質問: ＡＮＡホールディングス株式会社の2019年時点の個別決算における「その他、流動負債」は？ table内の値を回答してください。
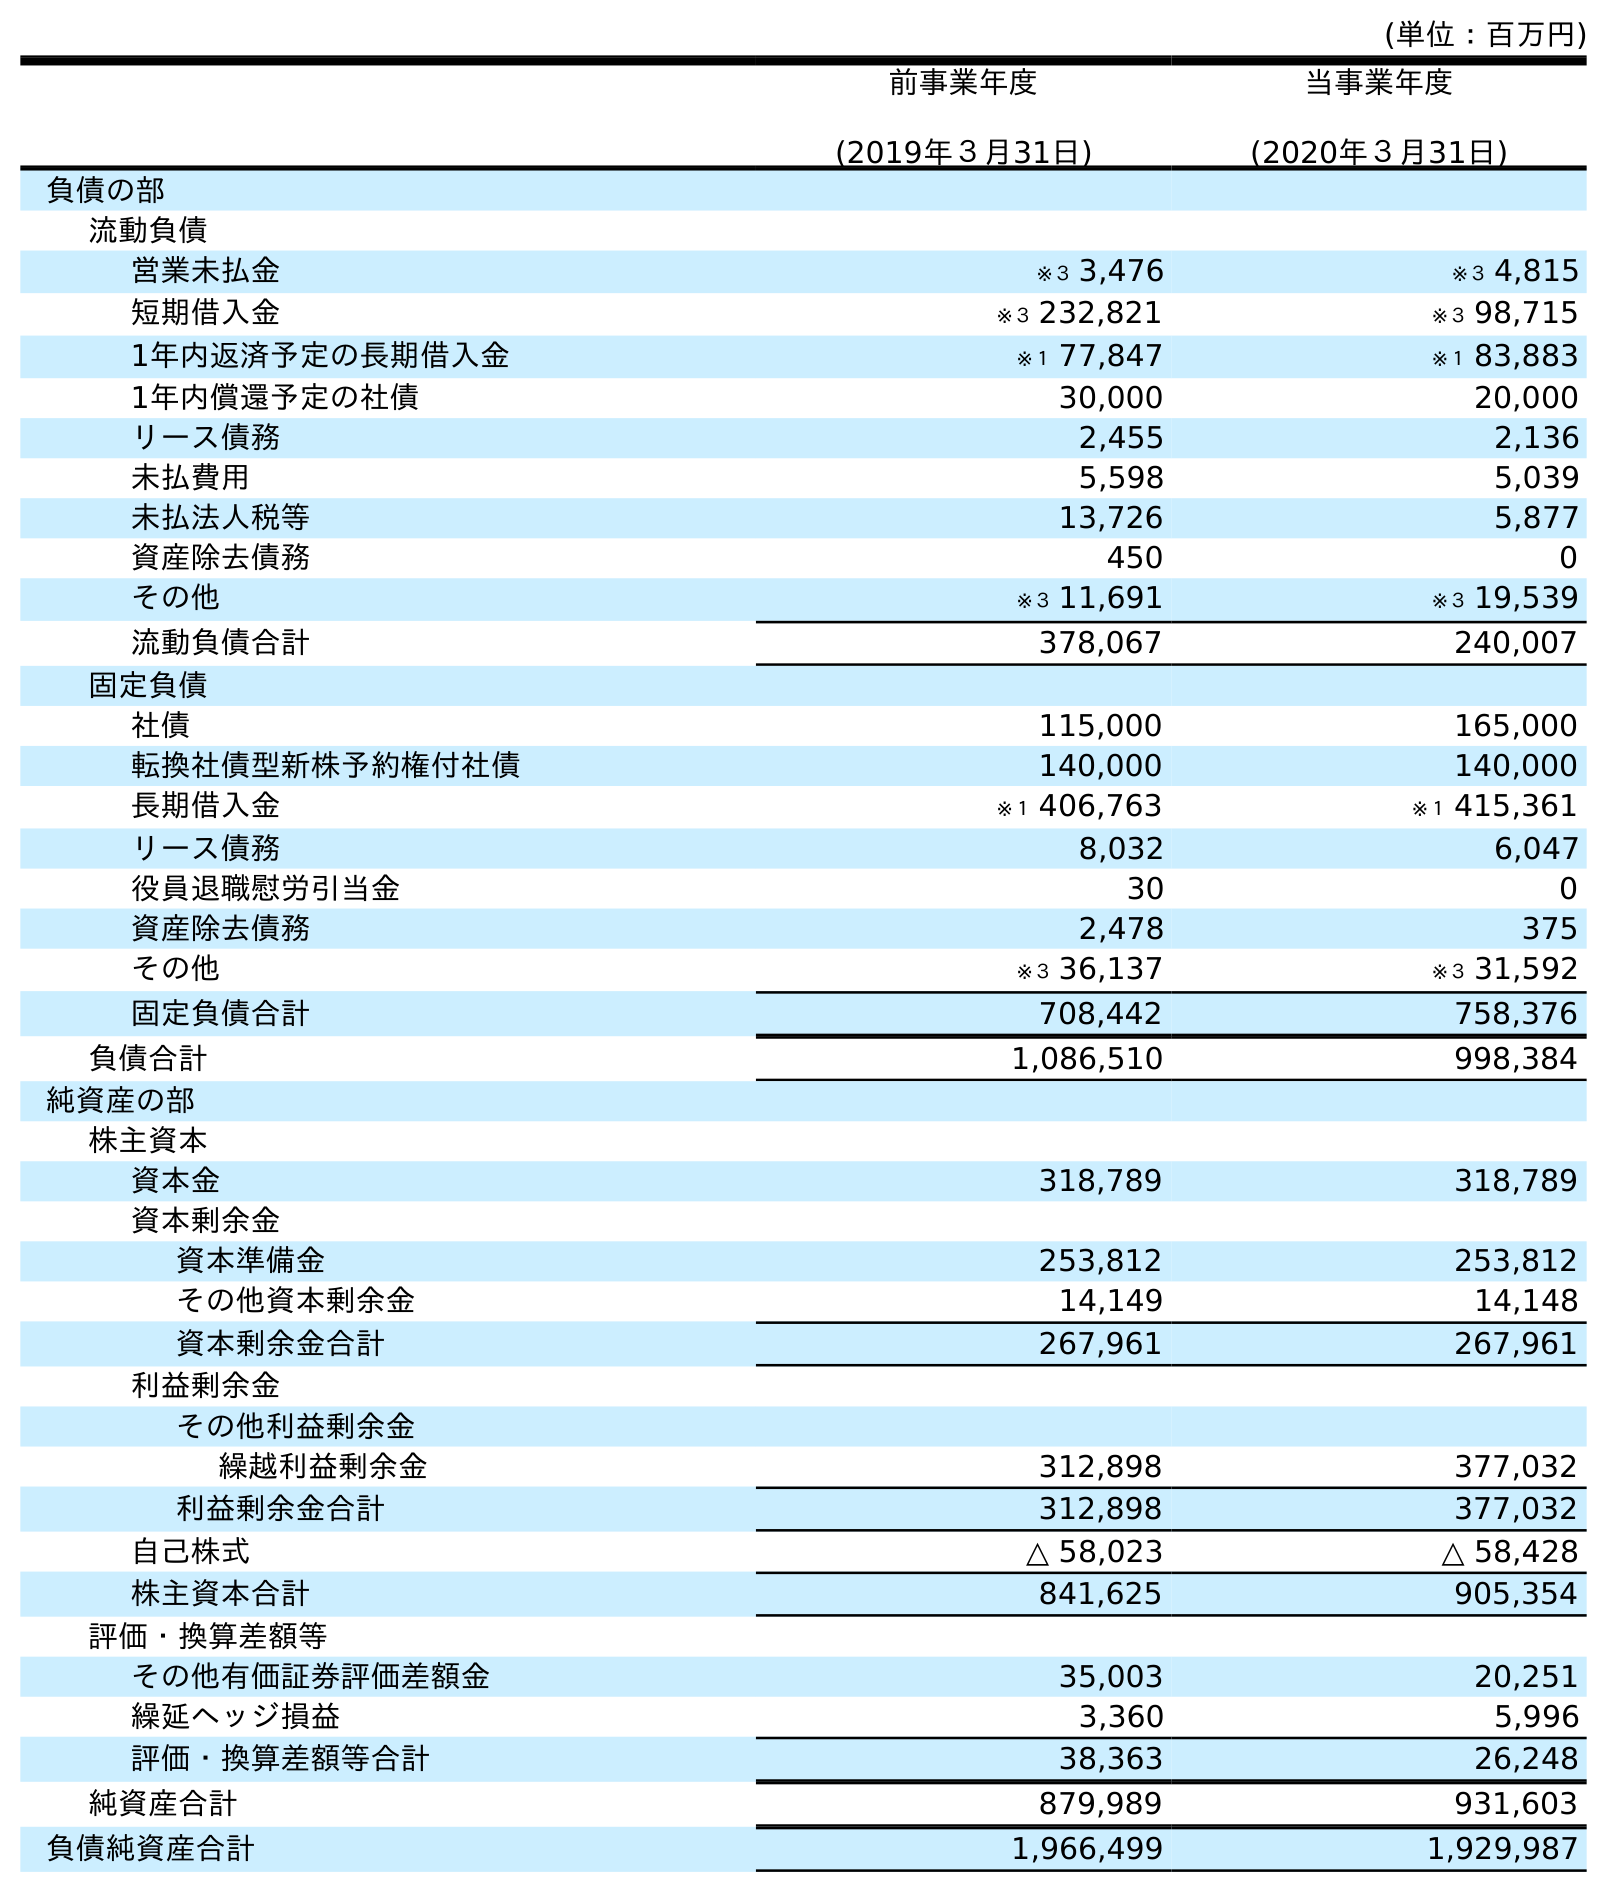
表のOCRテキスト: (単位：百万円) 前事業年度 (2019年３月31日) 当事業年度 (2020年３月31日) 負債の部 流動負債 営業未払金 ※３ 3,476 ※３ 4,815 短期借入金 ※３ 232,821 ※３ 98,715 1年内返済予定の長期借入金 ※１ 77,847 ※１ 83,883 1年内償還予定の社債 30,000 20,000 リース債務 2,455 2,136 未払費用 5,598 5,039 未払法人税等 13,726 5,877 資産除去債務 450 0 その他 ※３ 11,691 ※３ 19,539 流動負債合計 378,067 240,007 固定負債 社債 115,000 165,000 転換社債型新株予約権付社債 140,000 140,000 長期借入金 ※１ 406,763 ※１ 415,361 リース債務 8,032 6,047 役員退職慰労引当金 30 0 資産除去債務 2,478 375 その他 ※３ 36,137 ※３ 31,592 固定負債合計 708,442 758,376 負債合計 1,086,510 998,384 純資産の部 株主資本 資本金 318,789 318,789 資本剰余金 資本準備金 253,812 253,812 その他資本剰余金 14,149 14,148 資本剰余金合計 267,961 267,961 利益剰余金 その他利益剰余金 繰越利益剰余金 312,898 377,032 利益剰余金合計 312,898 377,032 自己株式 △ 58,023 △ 58,428 株主資本合計 841,625 905,354 評価・換算差額等 その他有価証券評価差額金 35,003 20,251 繰延ヘッジ損益 3,360 5,996 評価・換算差額等合計 38,363 26,248 純資産合計 879,989 931,603 負債純資産合計 1,966,499 1,929,987
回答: ※３11,691